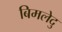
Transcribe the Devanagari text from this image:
बिमलेदु